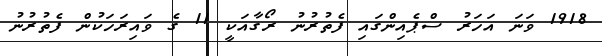
1918 ވަނަ އަހަރު ސްޕެއިންގައި ފެތުރުނު ރޯގާއަކީ 11 ގެ ވައިރަހަކުން ފެތުރުނު